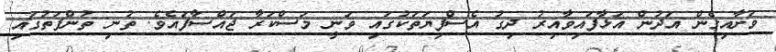
ވަށާއިގެން އަދުން އަޅާފައިވާއިރު ދިގު އެސްފިޔަތަކުގައި ވަނީ މަސްކަރާ ޖައްސާފައެވެ. ތުނި ތުންފަތުގައި